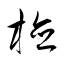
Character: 検